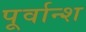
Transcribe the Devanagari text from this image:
पूर्वान्श